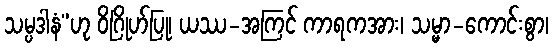
သမ္ပဒါနံ”ဟု ဝိဂြိုဟ်ပြု၊ ယဿ-အကြင် ကာရကအား၊ သမ္မာ-ကောင်းစွာ၊